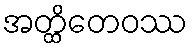
အတ္ထိတေဝဿ